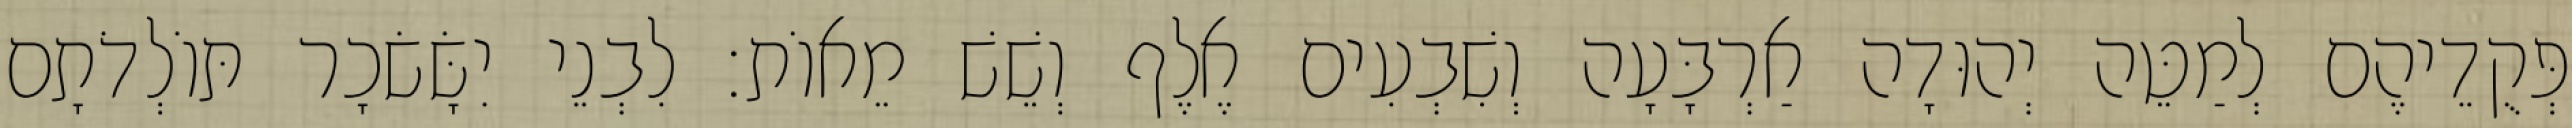
פְּקֻדֵיהֶם לְמַטֵּה יְהוּדָה אַרְבָּעָה וְשִׁבְעִים אֶלֶף וְשֵׁשׁ מֵאוֹת׃ לִבְנֵי יִשָּׂשׂכָר תּוֹלְדֹתָם